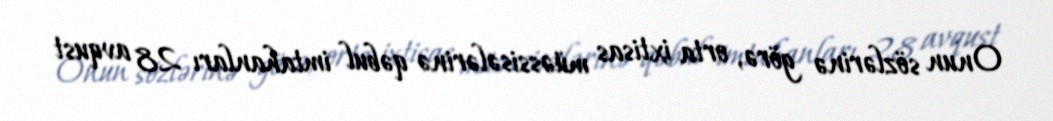
Onun sözlərinə görə, orta ixtisas müəssisələrinə qəbul imtahanları 28 avqust